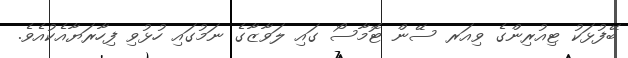
ބޭފުޅަކު ޓިއުރިންގެ ވިއަރ ސޭން ޓޮމާސޯ ގައި ލަވާޒާގެ ނަމުގައި ހުޅުވި ފިހާރަޔާއެކުއެވެ.